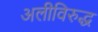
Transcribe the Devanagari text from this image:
अलीविरुद्ध